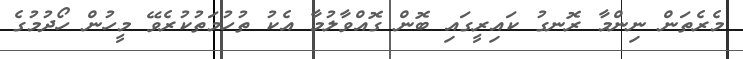
މެރެތަން ނިންމާ ރޮނގު ކައިރީގައި ބޮން ގޮއްވާލުމާ އެކު ތުހުމަތުކުރެވޭ މީހުން ހޯދުމުގެ